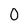
Character: 0